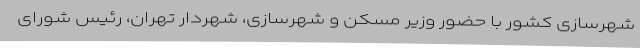
شهرسازی کشور با حضور وزیر مسکن و شهرسازی، شهردار تهران، رئیس شورای